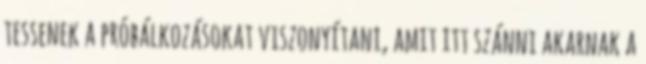
tessenek a próbálkozásokat viszonyítani, amit itt szánni akarnak a